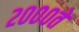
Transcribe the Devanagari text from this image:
२०००ते